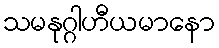
သမနုဂ္ဂါဟီယမာနော